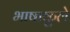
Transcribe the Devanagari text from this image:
भाषाकुले